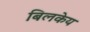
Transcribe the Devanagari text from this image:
बिलकेय